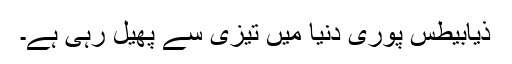
ذیابیطس پوری دنیا میں تیزی سے پھیل رہی ہے۔